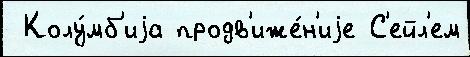
 Колу́мб'иjа продв'иже́н'иjе С'ейл'ем